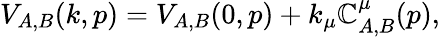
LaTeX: V_{A,B}(k,p)=V_{A,B}(0,p)+k_{\mu}\mathbb{C}_{A,B}^{\mu}(p),